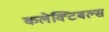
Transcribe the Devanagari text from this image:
कलेक्टिबल्स